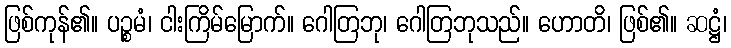
ဖြစ်ကုန်၏။ ပဉ္စမံ၊ ငါးကြိမ်မြောက်။ ဂေါတြဘု၊ ဂေါတြဘုသည်။ ဟောတိ၊ ဖြစ်၏။ ဆဋ္ဌံ၊